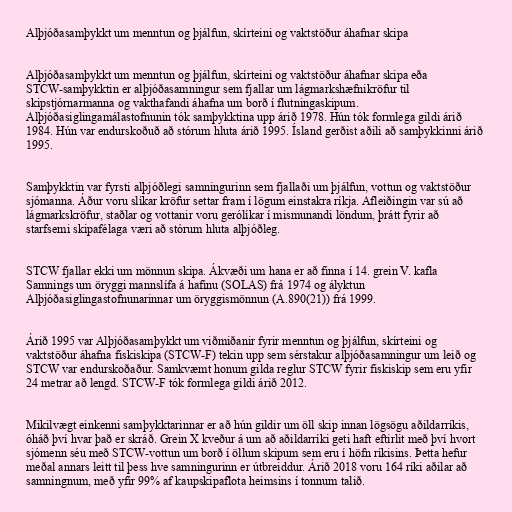
Alþjóðasamþykkt um menntun og þjálfun, skírteini og vaktstöður áhafnar skipa

Alþjóðasamþykkt um menntun og þjálfun, skírteini og vaktstöður áhafnar skipa eða
STCW-samþykktin er alþjóðasamningur sem fjallar um lágmarkshæfnikröfur til
skipstjórnarmanna og vakthafandi áhafna um borð í flutningaskipum.
Alþjóðasiglingamálastofnunin tók samþykktina upp árið 1978. Hún tók formlega gildi árið
1984. Hún var endurskoðuð að stórum hluta árið 1995. Ísland gerðist aðili að samþykkinni árið
1995.

Samþykktin var fyrsti alþjóðlegi samningurinn sem fjallaði um þjálfun, vottun og vaktstöður
sjómanna. Áður voru slíkar kröfur settar fram í lögum einstakra ríkja. Afleiðingin var sú að
lágmarkskröfur, staðlar og vottanir voru gerólíkar í mismunandi löndum, þrátt fyrir að
starfsemi skipafélaga væri að stórum hluta alþjóðleg.

STCW fjallar ekki um mönnun skipa. Ákvæði um hana er að finna í 14. grein V. kafla
Samnings um öryggi mannslífa á hafinu (SOLAS) frá 1974 og ályktun
Alþjóðasiglingastofnunarinnar um öryggismönnun (A.890(21)) frá 1999.

Árið 1995 var Alþjóðasamþykkt um viðmiðanir fyrir menntun og þjálfun, skírteini og
vaktstöður áhafna fiskiskipa (STCW-F) tekin upp sem sérstakur alþjóðasamningur um leið og
STCW var endurskoðaður. Samkvæmt honum gilda reglur STCW fyrir fiskiskip sem eru yfir
24 metrar að lengd. STCW-F tók formlega gildi árið 2012.

Mikilvægt einkenni samþykktarinnar er að hún gildir um öll skip innan lögsögu aðildarríkis,
óháð því hvar það er skráð. Grein X kveður á um að aðildarríki geti haft eftirlit með því hvort
sjómenn séu með STCW-vottun um borð í öllum skipum sem eru í höfn ríkisins. Þetta hefur
meðal annars leitt til þess hve samningurinn er útbreiddur. Árið 2018 voru 164 ríki aðilar að
samningnum, með yfir 99% af kaupskipaflota heimsins í tonnum talið.